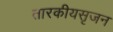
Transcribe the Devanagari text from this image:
तारकीयसृजन